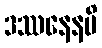
ဒဿနေနပိ